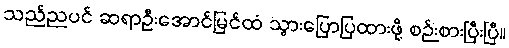
သည်ညပင် ဆရာဦးအောင်မြင်ထံ သွားပြောပြထားဖို့ စဉ်းစားပြီးပြီ။